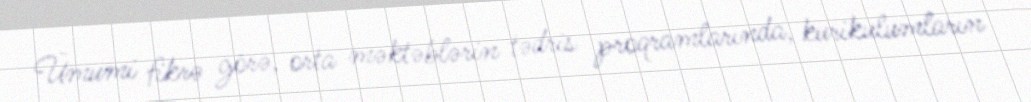
Ümumi fikrə görə, orta məktəblərin tədris proqramlarında, kurikulumların